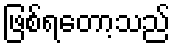
ဖြစ်ရတော့သည်